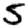
Digit: 5